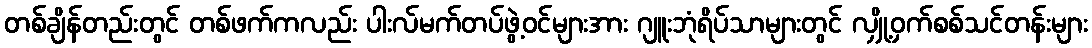
တစ်ချိန်တည်းတွင် တစ်ဖက်ကလည်း ပါးလ်မက်တပ်ဖွဲ့ဝင်များအား ဂျူးဘုံရိပ်သာများတွင် လျှို့ဝှက်စစ်သင်တန်းများ